Scientific memoirs by medical officers of the Army of India - Part IV,
Year: 1889
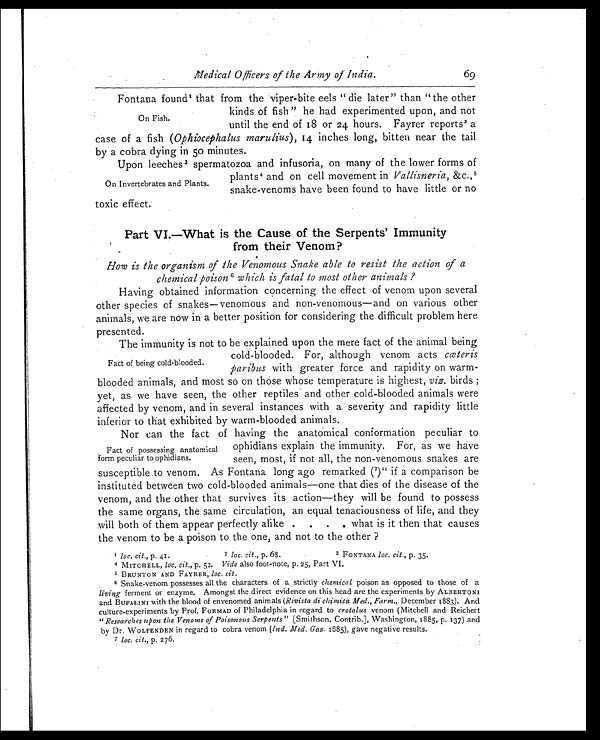
Medical Officers of the Army of India.
69
On Fish.
Fontana found1 that from the -viper-bite eels "die later" than "the other
kinds of fish " he had experimented upon, and not
unt i l t he end of 18 or 24 hour s. Fayr er r epor t s2 a
case of a fish ( Op h t h i o c e p h a l u s ma r u l i u s ) , 1 4 i n c h e s l o n g , b i t t e n n e a r t h e t a i l
by a cobra dying in 50 minutes.
On Invertebrates and Plants.
Upon leeches3 spermatozoa and infusoria, on many of the lower forms of
p l a n t s 4 a n d o n c e l l mo v e me n t i nV a l l i s n e r i a ,
& c . ,
5
snake-venoms have been found to have little or no
toxic effect.
Part VI.—What is the Cause of the Serpents' Immunity
from their Venom?
How is the organism of the Venomous Snake able to resist the action of a
chemical poison6 which is fatal to most other animals ?
Having obtained information Concerning the effect of venom upon several
other species of snakes—venomous and non-venomous—and on various other
animals, we are now in a better position for considering the difficult problem here
presented.
Fact of being cold-blooded.
The immunity is not to be explained upon the mere fact of the animal being
cold-blooded. For, although venom acts cœteris
paribus with greater force and rapidity on warm-
blooded animals, and most so on those whose temperature is highest, viz, birds
yet, as we have seen, the other reptiles and other cold-blooded animals were
affected by venom, and in several instances with a severity and rapidity little
inferior to that exhibited by warm-blooded animals.
Fact of possessing anatomical
f o r m p e c u l i a r t o o p h i d i a n s .
Nor can the fact of having the anatomical conformation peculiar to
ophidians explain the immunity. For, as we have
seen, most, if not all, the non-venomous snakes are
susceptible .to venom. As Fontana long ago remarked ( 7) "if a comparison be
instituted between two cold-blooded animals—one that dies of the disease of the
venom, and the other that survives its action—they will be found to possess
the same organs, the same circulation, an equal tenaciousness of life, and they
.will both of them appear perfectly alike....what is it then that causes
the venom to be a poison to the one, and not to the other?
loc. cit., p. 41. 2
loc. cit., p. 68. 3 FONTANA boa, cit., p. 35.
4 MITCHELL, loc. cit., p. 52. Vide also foot-note, p. 25, Part VI.
BRUNTON AND FAYRER, loc. Cit.
Snake-venom possesses all the characters of a strictly chemical poison as opposed to those of a
living ferment or enzyme. Amongst the direct evidence on this head are the experiments ,by ALBERTONI
and BUFALINI with the blood of envenomed animals (Rivista di chinzica Med., Farm., December 1883). And
culture-experiments by Prof. FORMAD of Philadelphia in regard to crotalus venom (Mitchell and Reichert
"Researches upon the Venoms of Poisonous Serpents" [Smithson. Contrib.], Washington, 1885, p. 137) and
b y Dr . WOL F E NDE N i n r e g a r d t o c o b r a v e n o m( I n d . M e d . G a z .
1 8 8 5 ) , g a v e n e g a t i v e r e s u l t s . l o c . c i t . , p . 2 7 6 .